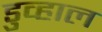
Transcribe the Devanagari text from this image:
डुव्हाल